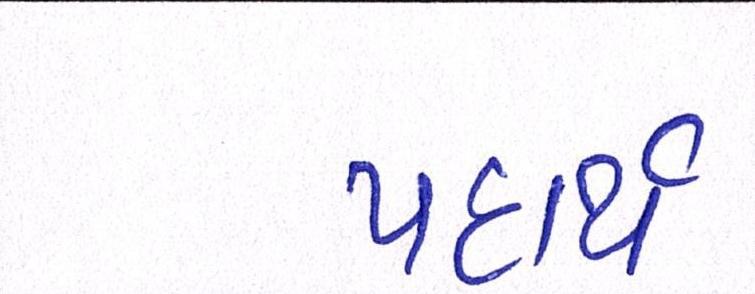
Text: પદાર્થ